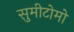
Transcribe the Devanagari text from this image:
सुमीटोमो